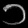
Digit: ၁